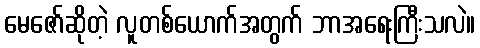
မေဇော်ဆိုတဲ့ လူတစ်ယောက်အတွက် ဘာအရေးကြီးသလဲ။